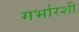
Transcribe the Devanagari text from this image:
गर्भारशी